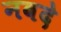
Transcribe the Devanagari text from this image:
नवदे